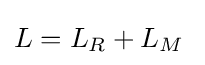
L=L_{R}+L_{M}\;